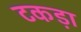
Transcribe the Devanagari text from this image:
टकड़ा